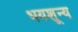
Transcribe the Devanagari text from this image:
भयशून्य